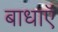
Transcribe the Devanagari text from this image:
बाधाऍं